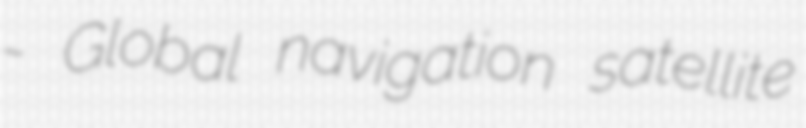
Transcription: - Global navigation satellite